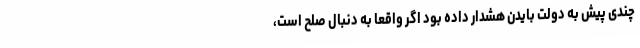
چندی پیش به دولت بایدن هشدار داده بود اگر واقعا به دنبال صلح است،